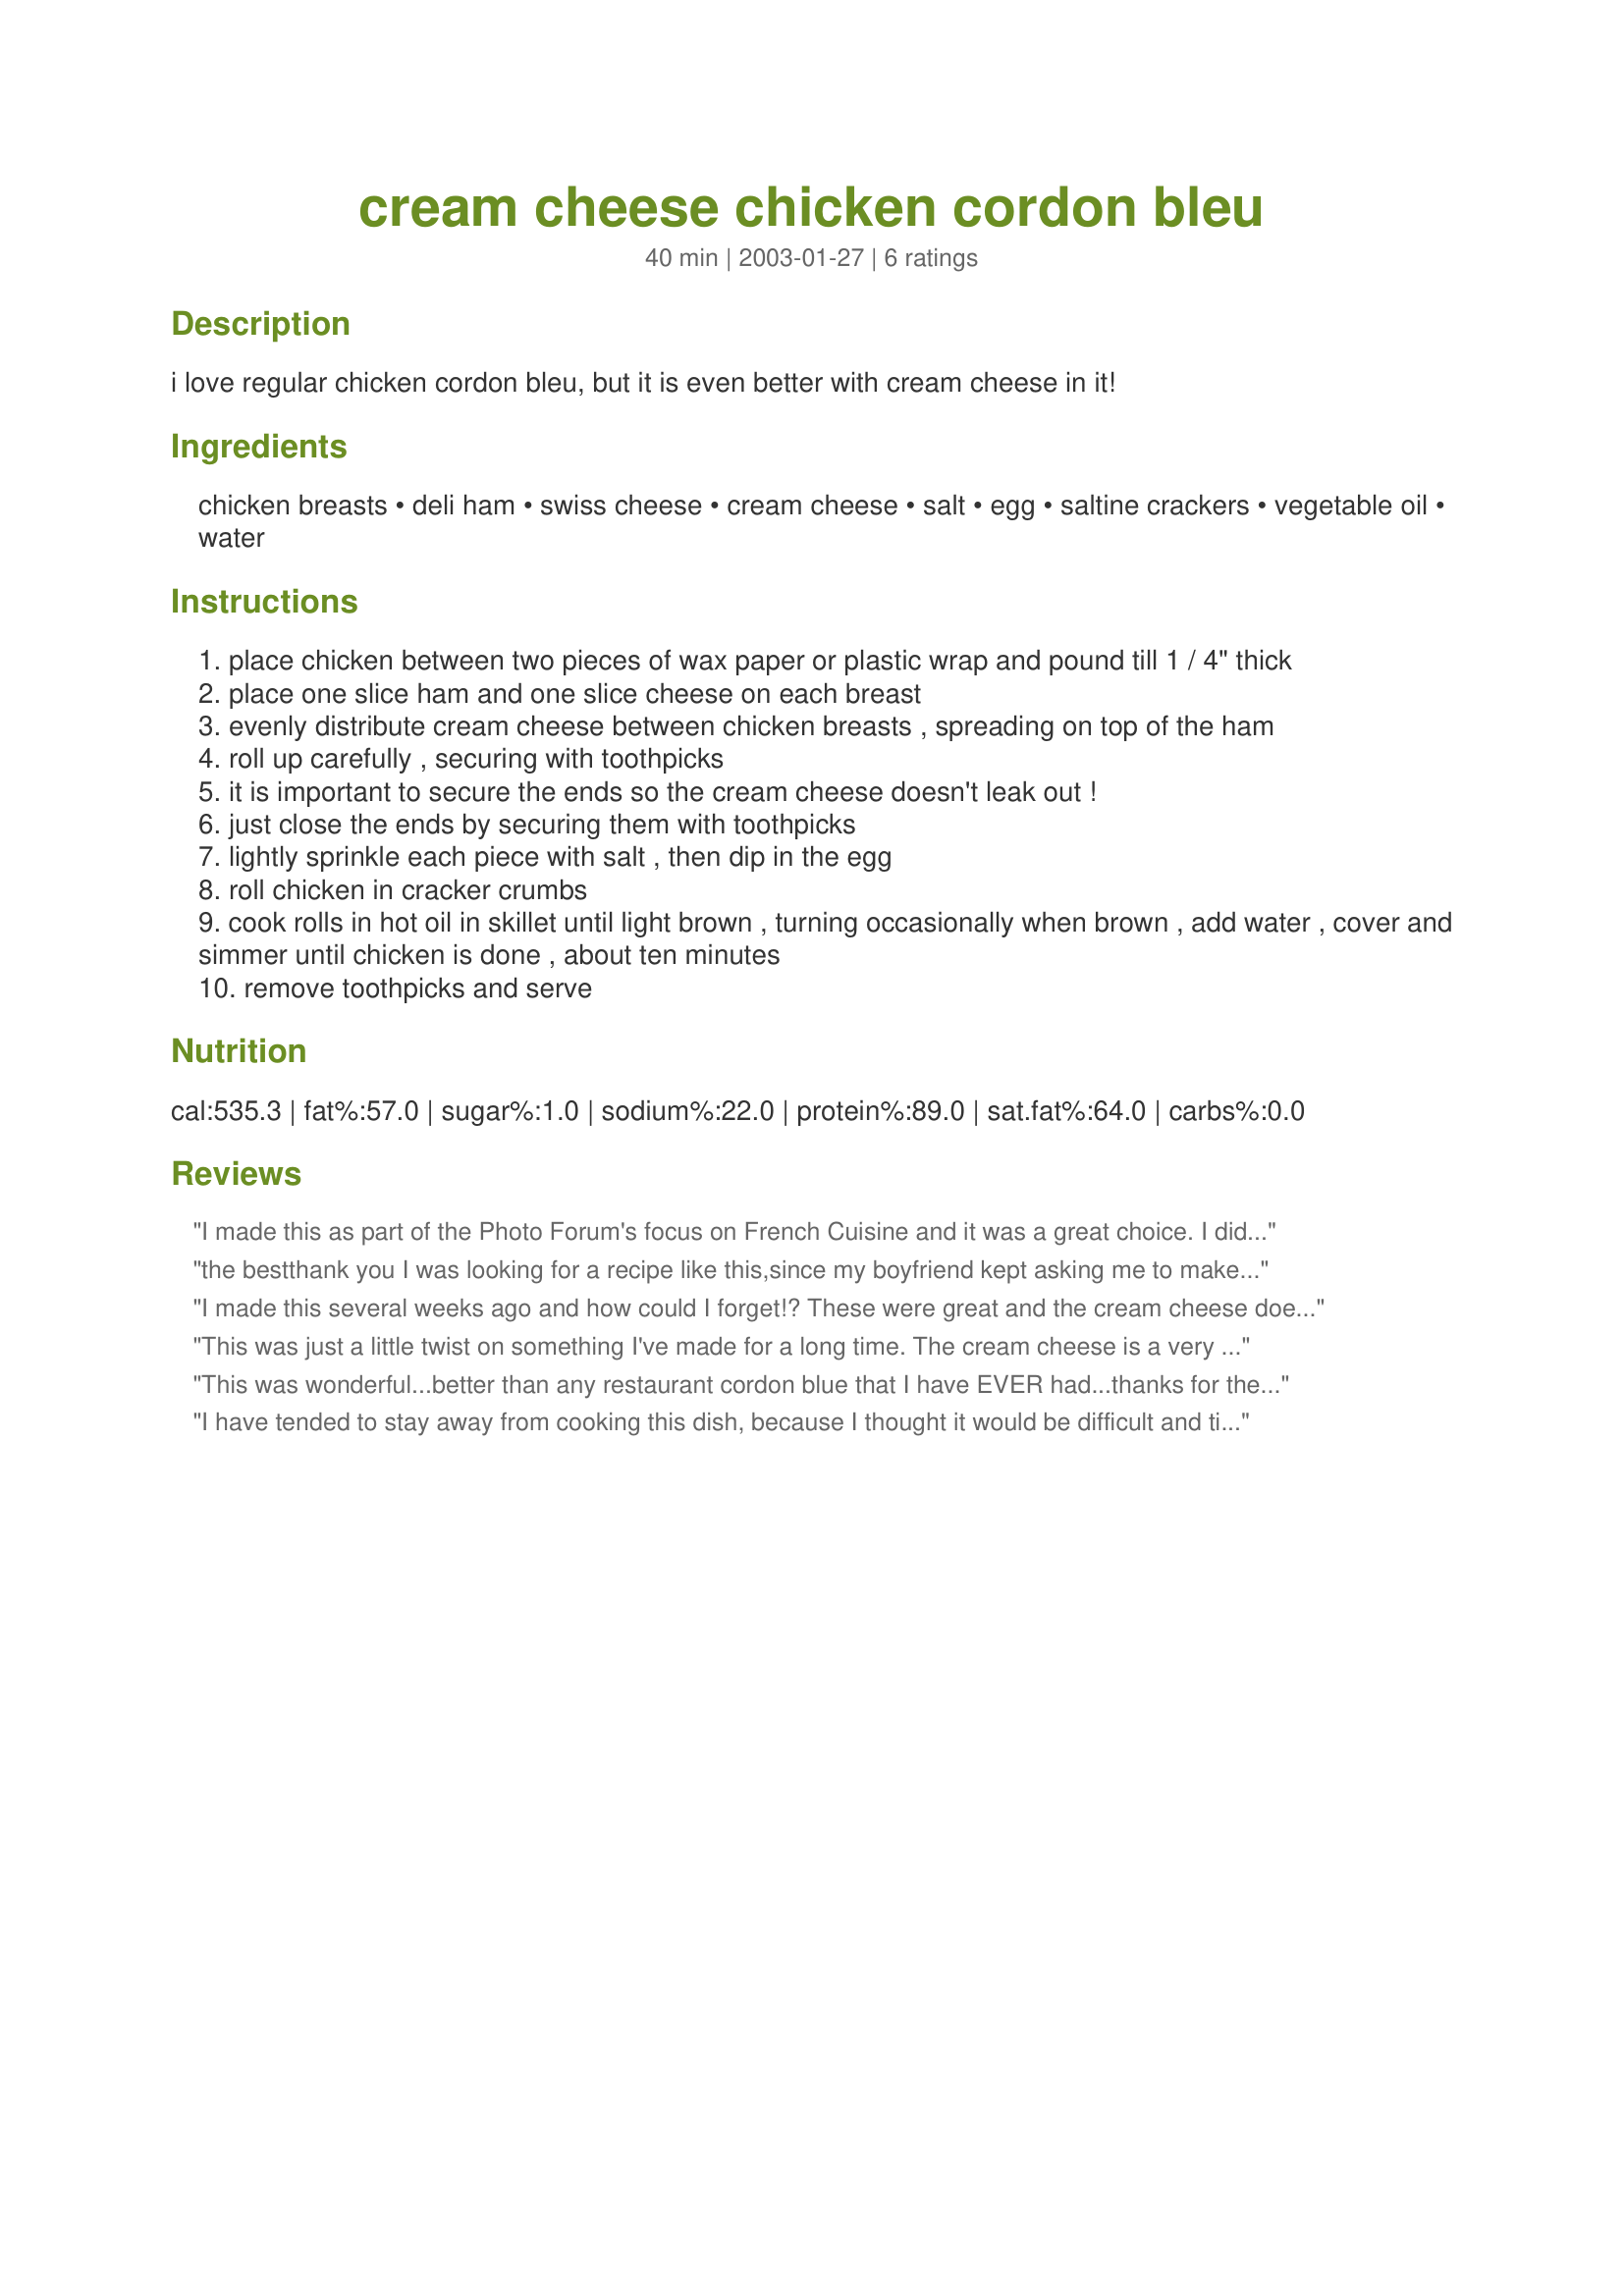
cream cheese chicken cordon bleu
Preparation time: 40 minutes

i love regular chicken cordon bleu, but it is even better with cream cheese in it!

Ingredients:
chicken breasts, deli ham, swiss cheese, cream cheese, salt, egg, saltine crackers, vegetable oil, water

Steps:
place chicken between two pieces of wax paper or plastic wrap and pound till 1 / 4" thick
place one slice ham and one slice cheese on each breast
evenly distribute cream cheese between chicken breasts , spreading on top of the ham
roll up carefully , securing with toothpicks
it is important to secure the ends so the cream cheese doesn't leak out !
just close the ends by securing them with toothpicks
lightly sprinkle each piece with salt , then dip in the egg
roll chicken in cracker crumbs
cook rolls in hot oil in skillet until light brown , turning occasionally when brown , add water , cover and simmer until chicken is done , about ten minutes
remove toothpicks and serve

Reviews:
I made this as part of the Photo Forum's focus on French Cuisine and it was a great choice. I did have a bit of trouble with the technique and getting it to brown well on each side, so after struggling with the first two, I just baked the last two and that worked well too. I froze the leftovers and they froze peferfectly so I will add this to my OAMC collection too. Thanks for posting! :)
the bestthank you I was looking for a recipe like this,since my boyfriend kept asking me to make it for him ..glad I found this one easy and fast ....there is a trick to the tooth picks..first time had to be careful to find them before eating...so second time I made used metal tooth picks and that worked better..
I made this several weeks ago and how could I forget!? These were great and the cream cheese does make a difference! My kids devoured this chicken, and they don't like chicken! :-) I doubled the recipe and froze the extra four. Just defrosted and heated up in the microwave. Yummy!
This was just a little twist on something I've made for a long time. The cream cheese is a very nice addition and cooking on the stovetop was very easy as well. I've always baked it in the oven and this was quicker. Thank you.
This was wonderful...better than any restaurant cordon blue that I have EVER had...thanks for the great recipe! It's worth the little bit of effort involved!
I have tended to stay away from cooking this dish, because I thought it would be difficult and time consuming. Boy was I wrong. This recipe was easy and extrememly good. My DH was really impressed. The only thing I did different was use crushed rice krispies instead of crackers, and that was only because I was out of crackers.
